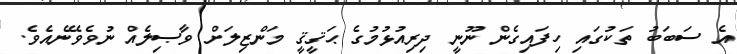
އެ ސަބަބު ތަކުގައި ހިފައިގެން ނޫނީ ދިރިއުޅުމުގެ ޙަޤީޤީ މަންޒިލަށް ވާޞިލެއް ނުވެވޭނެއެވެ.